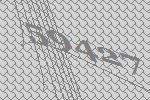
59427